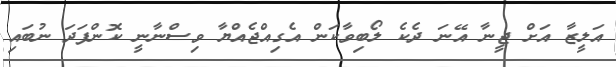
އަލީޒާ އަށް ޖީނާ އޭނަ ދެކެ ލޯބިވާކަން އެގިއްޖެއްޔާ ވިސްނާނީ ކޮންފަދަ ނުބައި